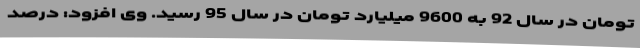
تومان در سال 92 به 9600 میلیارد تومان در سال 95 رسید. وی افزود: درصد